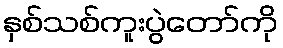
နှစ်သစ်ကူးပွဲတော်ကို